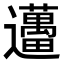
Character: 𨙗